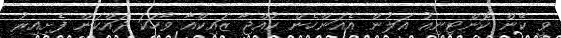
ވީ ކޭން ކޮންޓިނިއު އަލުން އެއަންހެން ކުއްޖާ ޒައިކްއާ ވާހަކަ ދައްކަން ފެށިއިރު